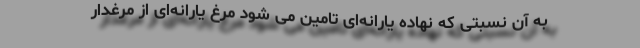
به آن نسبتی که نهاده یارانه‌ای تامین می شود مرغ یارانه‌ای از مرغدار